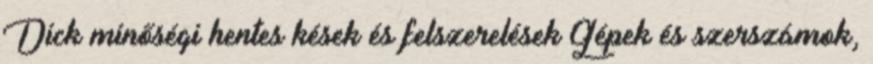
Dick minőségi hentes kések és felszerelések Gépek és szerszámok,